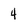
Character: 4